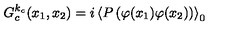
G _ { c } ^ { k _ { c } } ( x _ { 1 } , x _ { 2 } ) = i \left\langle P \left( \varphi ( x _ { 1 } ) \varphi ( x _ { 2 } ) \right) \right\rangle _ { 0 }